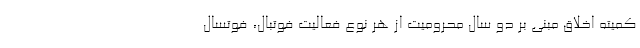
کمیته اخلاق مبنی بر دو سال محرومیت از هر نوع فعالیت فوتبال، فوتسال